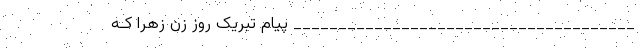
______________________________________ پیام تبریک روز زن زهرا کـه